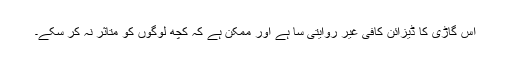
اس گاڑی کا ڈیزائن کافی غیر روایتی سا ہے اور ممکن ہے کہ کچھ لوگوں کو متاثر نہ کر سکے۔